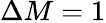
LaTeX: \Delta M=1